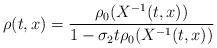
LaTeX: \begin{align*}\rho(t, x) = \frac{\rho_0(X^{-1}(t, x))}{1 - \sigma_2 t \rho_0(X^{-1}(t, x))}\end{align*}